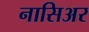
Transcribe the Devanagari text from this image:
नासिअर